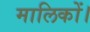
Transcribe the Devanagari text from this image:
मालिकों।